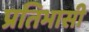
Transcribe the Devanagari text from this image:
प्रतिभासी